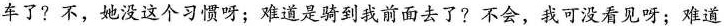
车了?不，她没这个习惯呀；难道是骑到我前面去了?不会，我可没看见呀；难道